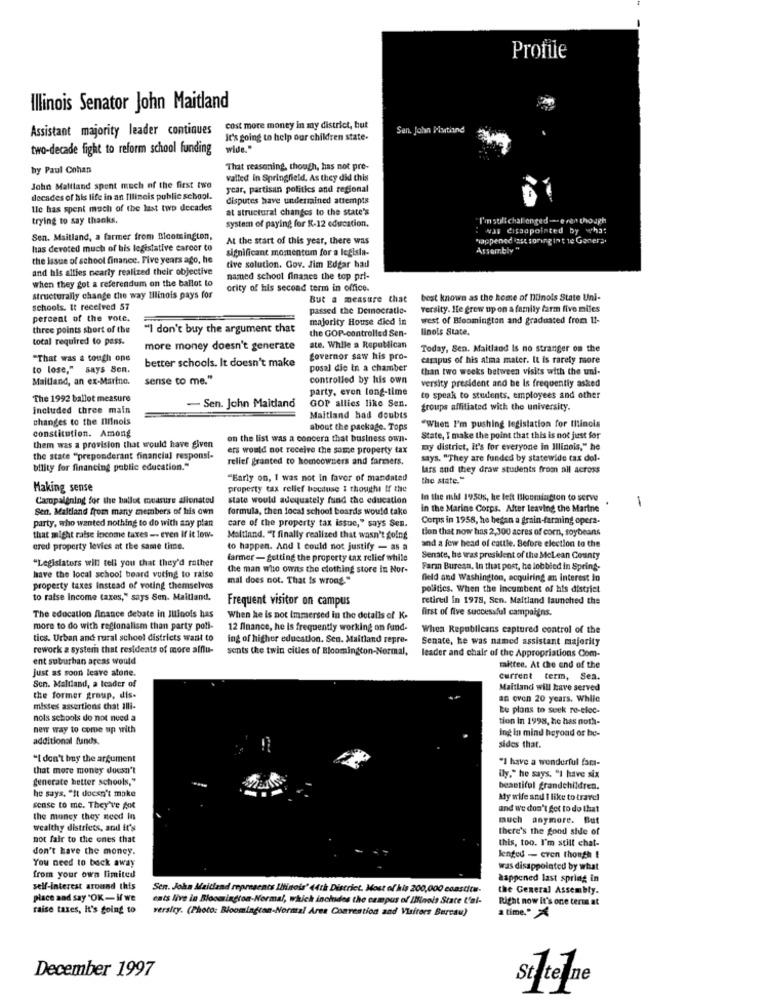
Profue
Illinois Senator John Maitland
Assistant majority leader contiques
cost more money in my district, but
Sen. John Platiund
It's going to help our children state-
two-decade fight to reform school funding
wide."
by Paul Cohan
That reasoning, though, has not pre-
valled In Springfield, As they did this
John Malttand spent much of the first two
year, partisan politics and regional
decades of his life in an Illineis public school.
disputes have underrained attempts
lle has spent much of the last two decades
at structural changes to the state's
trying to say thanks.
I'mstill challenged -- even though
system of paying for K-12 education.
was dissapointed by what
Sen. Maitland, a farmer from Bloomington,
At the start of this year, there was
happened ase soring int te Gonera
has devoted much of his legislative career to
significant momentum for a legisla-
Assembly "
the issue of school finance. Five years ago, he
and his allies nearly realized their objective
dive solution. Gov. Jim Edgar had
named school finanes the top pri-
when they got a referendum on the ballot to
ority of his second term in office.
structurally change the way Illinois pays for
But a measure that
best known as the keme of Ilinois State Uni-
schools. It received 57
passed the Democratie-
versity. Ile grew up on a family farm five miles
percent of the vote.
majority House died in
west of Bloomington and graduated from 11-
three points short of the
"I don't buy the argument that
the GOP-controlled Sen-
linois State.
total required to pass.
more money doesn't generate
ste. While a Republican
Today, Sen. Maitland Is no stranger on the
"That was a tough one
better schools. It doesn't make
governor saw his pro-
campus of his alma mater. It is rarely more
to lose," says Sen.
posal die In a chamber
than two weeks between visits with the uni-
Maitland, an ex-Marino.
sense to me."
controlled by his own
party, even long-time
versity president and be Is frequently asked
The 1992 ballot measure
GOP allies like Sen.
to speak to students. employees and other
included three main
- Sen. John Maitland
groups affiliated with the university.
changes to the Illinois
Maitland had doubts
constitution. Among
about the package. Tops
"When I'm pushing legislation for titincis
them was a provision that would have given
on the list was a concern that business own-
State, I make the point that this is not just for
ers would not receive the same property tax
my district, it's for everyone in Illinois," he
the state "preponderant financial responsi-
relief granted to homeowners and farmers.
says. "They are funded by statewide tax dol-
bility for financing public education."
lars and they draw students from all across
"Early on, I was not in favor of mandated
the state."
Making sense
property tax relief because I thosthe If the
Campalening for the ballot measure alienated
state would adequately fund the education
In the mid 1950s, he left Bloomington to serve
1
Sen. Maitland from many members of his own
formula, then local school boards would take
in the Marine Corps. After leaving the Marine
Corps in 1958, he began a grain-farming opera-
party, who wanted nothing to do with any plan
care of the property tax issue," says Sen.
tion that now has 2,300 acres of corn, soybeans
that might raise income taxes -- even If it low-
Maltinnd. "I finally realized that wasn't going
and a few head of cattle. Before election to the
ered property levies at the same time.
to happen. And I could not justify - as a
"Legislators will tell you that they'd rather
farmer- getting the property tax relief while
Senate, he was president of the Mclean County
the man who owits the clothing store In Nor-
Farm Bureau, In that post, he lobbied in Spring-
have the local school board vuting to raise
mal does not. That is wrong."
Geld and Washington, acquiring an interest in
property taxes Instead of voting themselves
politics. When the Incumbent of his district
to raise Income taxes," says Sen. Maitland.
Frequent visitor on campus
retired in 1978, Sen. Maitland launched the
The education finance debate in Illinois has
first of five successful campaigns.
When he is not immersed in the details of K.
more to do with regionalism than party poli-
12 finance, he is frequently working on fund-
Whea Republicans captured control of the
tics. Urban and rural school districts want to
ing of higher education. Sen. Maitland repre-
Senate, he was named assistant majority
rework a system that residents of more afflu-
sents the twin cities of Bloomington-Normal,
leader and chair of the Appropriations Com-
ent suburban arcas would
Just as soon leave alone.
taittee. At the end of the
current term, Sea.
Sen. Maltland, a leader of
Maitland will have served
the former group, dis-
an oven 20 years. While
mistes assertions that alli-
te plans to seek ro-elec-
nols schools do not need a
tion In 1998, he has noth-
new way to come up with
Ing in mind beyond or be-
additional funds.
sides that.
"I don't buy the argument
"I have a wonderful fama-
that more money doesn't
ily." he says, "I have six
generate better schools,"
he says, "It doesn't make
besetifel grandchildren.
My wife and I like to travel
sense to me. They've got
and we don't get to do that
the money they need In
much anymore. But
wealthy districts, and it's
there's the good side of
not fair to the ones that
this, too. I'm still chat-
don't have the money.
You need to back away
lenged - even though !
from your own limited
was disappointed by what
happened last spring in
self-interest around this
Sen. John Maitland represents Illinois' (4th District. Most of his 200,000 constitu-
the General Assembly.
place and say "OK- if we
cats live in Bloomington-Normal, which inchados the campus of IMfools State t'ai-
Right now it's one term at
raise taxes, it's going to
versity. (Photo: Bloomington-Normal Area Convention and Visitors Bureau)
a time."X
December 1997
Ste ne